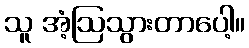
သူ အံ့ဩသွားတာပေါ့။